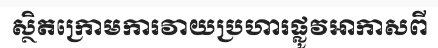
ស្ថិតក្រោមការវាយប្រហារផ្លូវអាកាសពី